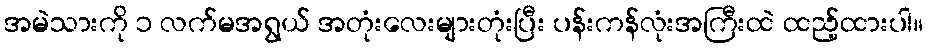
အမဲသားကို ၁ လက်မအရွယ် အတုံးလေးများတုံးပြီး ပန်းကန်လုံးအကြီးထဲ ထည့်ထားပါ။